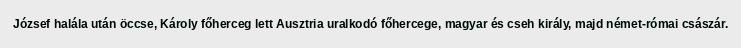
József halála után öccse, Károly főherceg lett Ausztria uralkodó főhercege, magyar és cseh király, majd német-római császár.